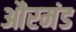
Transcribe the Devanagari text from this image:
औरमंड